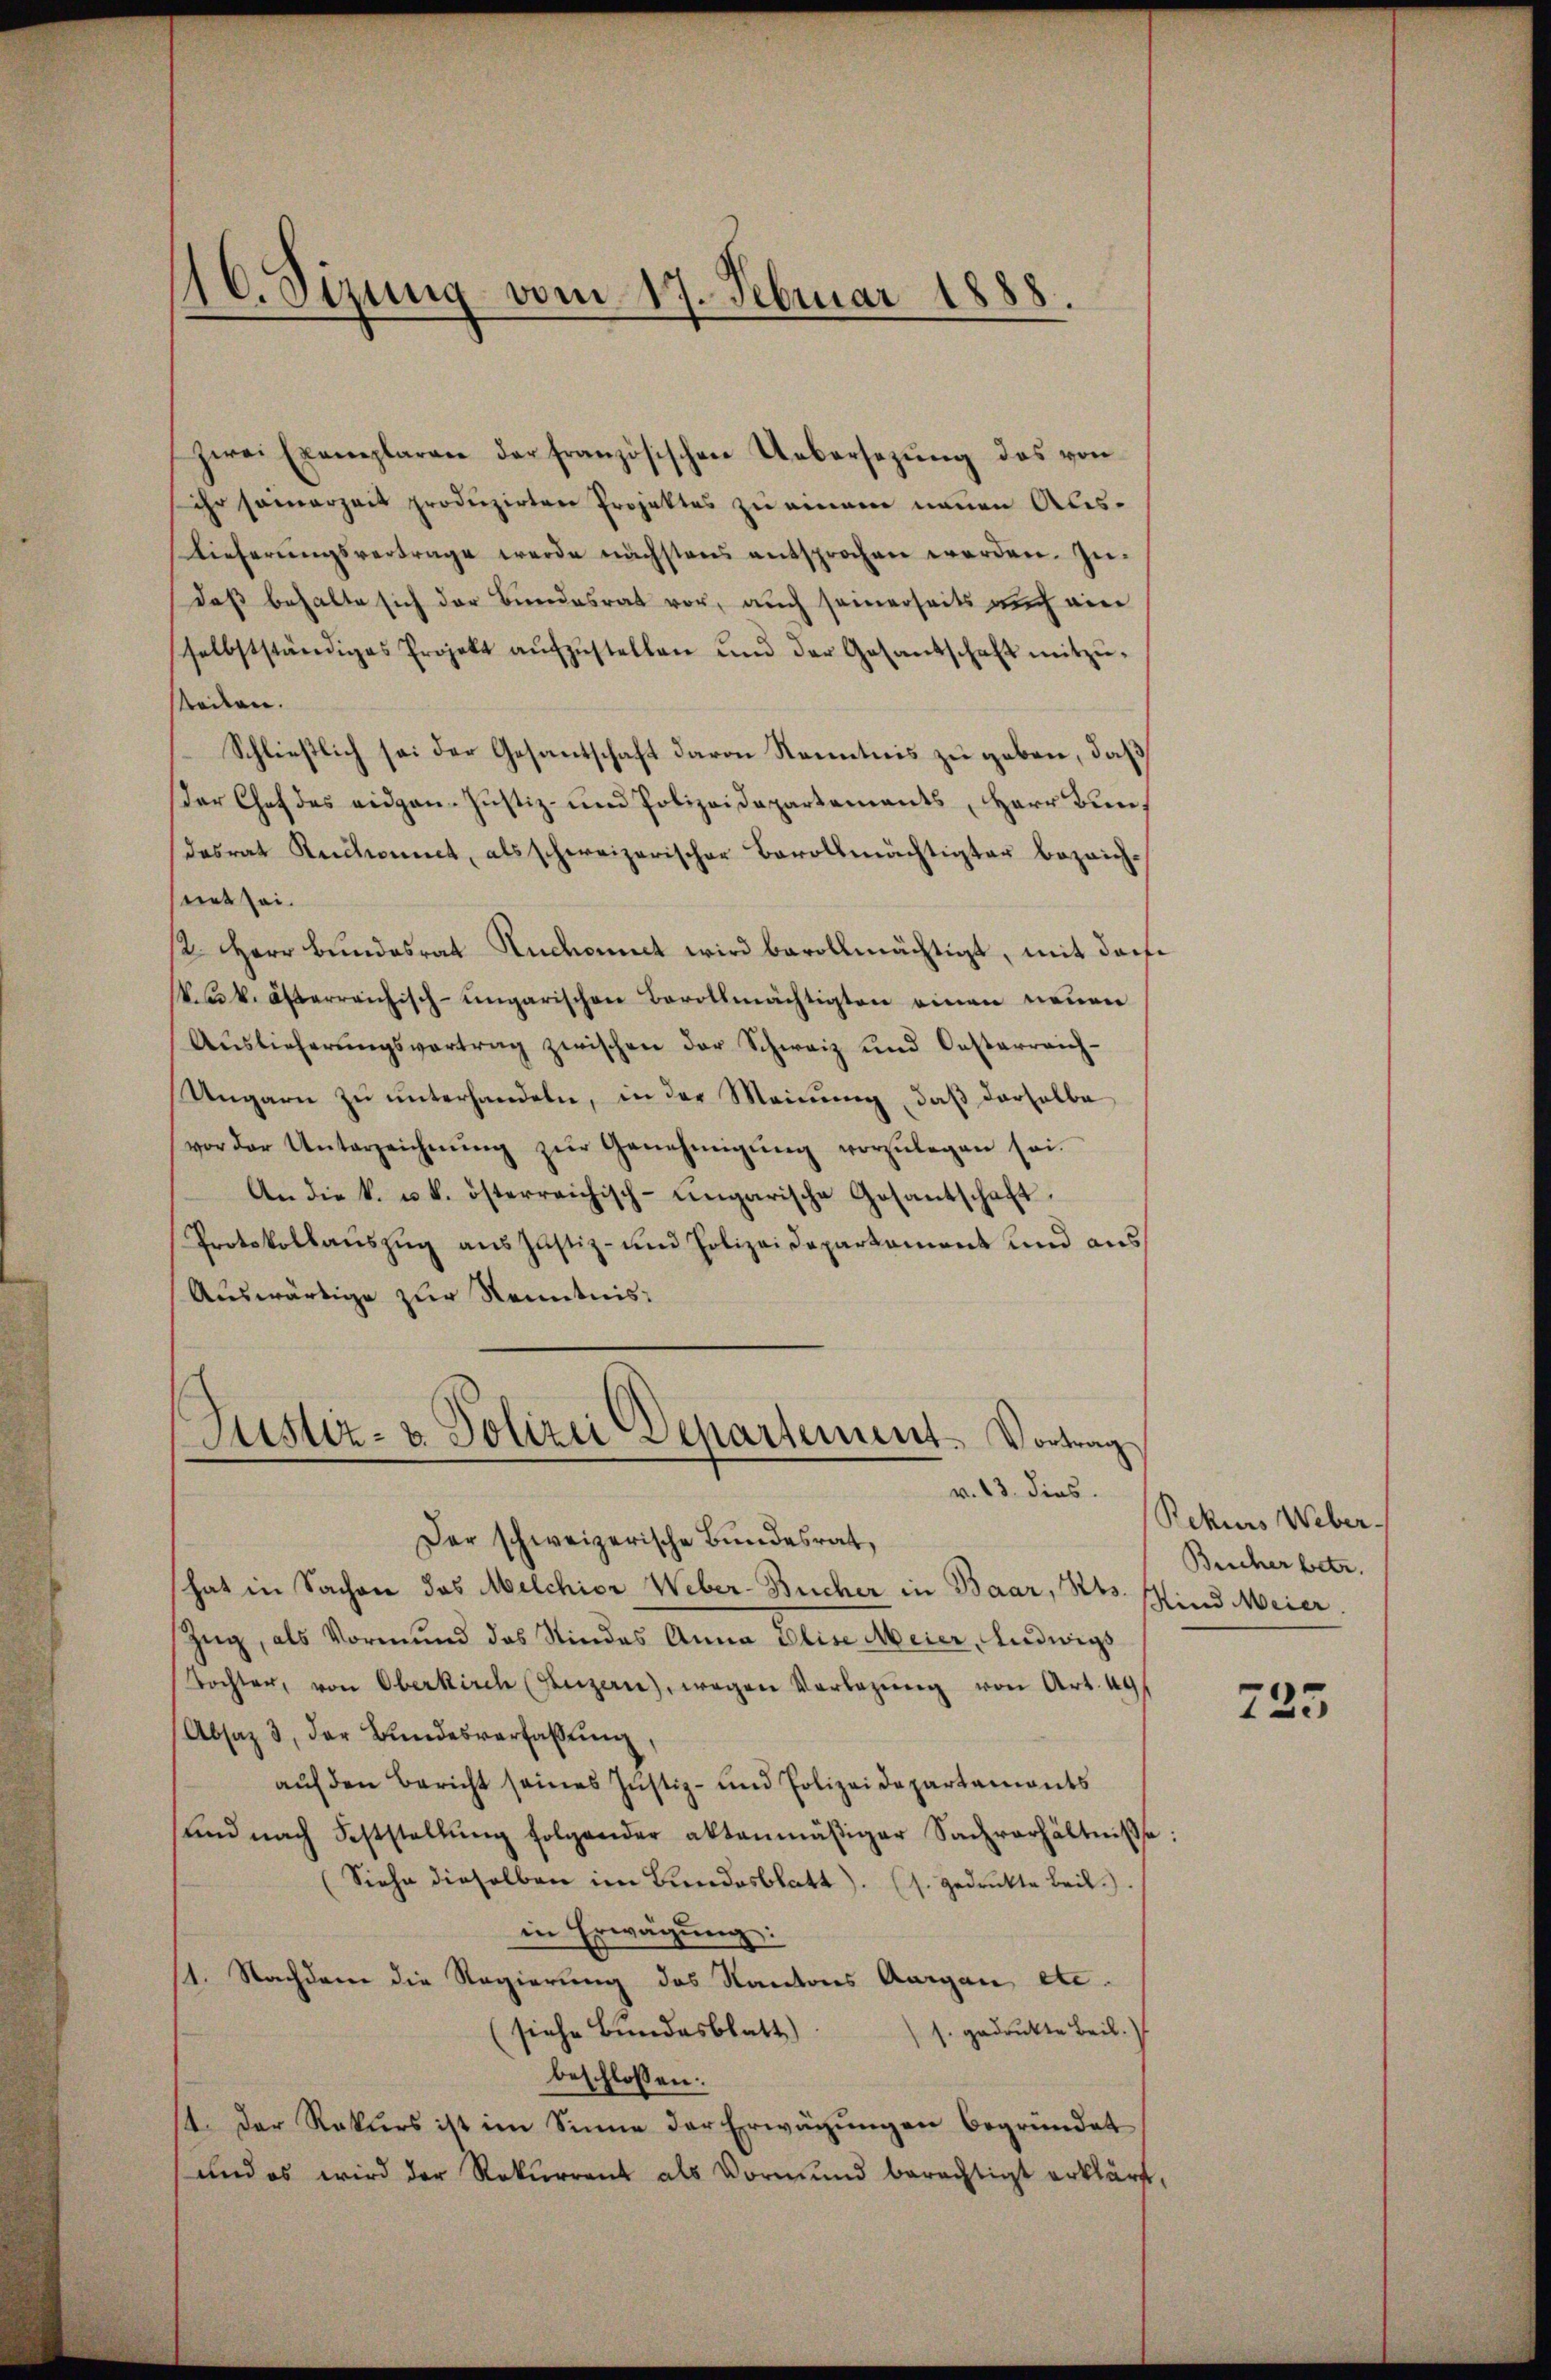
zwei Exemplaren der französischen Uebersezŭng das von
ihr seinerzeit produzirten Projektes zu einem neuen Aus¬
Lieferŭngsvertrage werde nächstens entsprochen werden. Zŭ-
daß behalte sich der Bundesrat vor, auch seinerseits auch ein
selbstständiges Projekt aŭfzŭstellen und der Gesantschaft mitzŭ-
steilen.
Schließlich sei der Gesantschaft davon Kenntnis zu geben, daß
der Chef des eidgen. Justiz- und Polizeidepartements, Herr Bundesrat Ruchonnet, als schweizerischer Bevollmächtigter bezeich-
net sei.
/2 Herr Bundesrat Rückannt wird bevollmächtigt, mit darfe
k. k. österreichisch-ungarischen Bevollmächtigten einen neuen
Aŭslieferŭngsvertrag zwischen der Schweiz und Oesterreich-
Ungarn zŭ ŭnterhandeln, in der Meinung, daß derselbe
vor der Unterzeichnŭng zŭr Genehmigung vorzulegen sei.
An die k. u. k. österreichisch-ungarische Gosantschaft,
Protokollauszug aus Justiz- und Polizeidepartament und aus
Auswärtige zur Kenntnis:
Justiz- & Polizei Departement. Vortrag

16. Sizung vom 17. Februar 1888.

v. 13. dies
Der schweizerische Bundesrat,

hat in Sachen das Melchior Weber-Bucher in Baar, Kts. sind Meier.
Zug, als Vormund das Kindes Anna Elise Meier, Ludwigs
Tochter, von Oberkirch (Luzern), wegen Vorlegŭng von Art. 49
Absaz 3, der Bundesverfaßung,
auf den Bericht seines Justiz- und Polizeidepartaments
und nach Feststellŭng folgender aktanmäßiger Sachverhältnisse:
(Siehe dieselben im Bundesblatt). (s. gedruckte Beil.).
in Erwägung:
11. Nachdem die Regierung des Kantons Aargau etc.
(siehe Bundesblatt)
s. gedruckte Beil.
beschlossen:
st. Der Rekurs ist im Sinne der Erwägungen begründet
und es wird der Rekurrent als Vormund berechtigt erklärt,

Rekurs Weber-
Bucher betr.

723